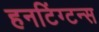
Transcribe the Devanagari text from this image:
हनटिंग्टन्स